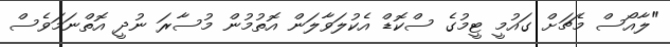
"ލާއޯސް މެޗަށް ގައުމީ ޓީމުގެ ސްކޮޑް އެކުލަވާލަން އޮތުމުން މުސާރަ ނުދީ އޮތްނަމަވެސް